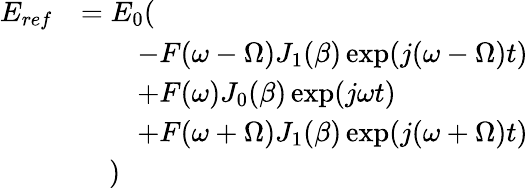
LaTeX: \begin{array}{rl}{E_{ref}}&{=E_{0}(}\\ &{\quad\quad-F(\omega-\Omega)J_{1}(\beta)\exp(j(\omega-\Omega)t)}\\ &{\quad\quad+F(\omega)J_{0}(\beta)\exp(j\omega t)}\\ &{\quad\quad+F(\omega+\Omega)J_{1}(\beta)\exp(j(\omega+\Omega)t)}\\ &{\quad)}\end{array}